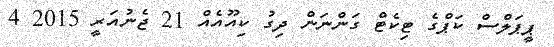
ޕީޕަލްސް ކަޕްގެ ޓިކެޓް ގަންނަން ދިގު ކިއޫއެއް 21 ޖެނުއަރީ 2015 4